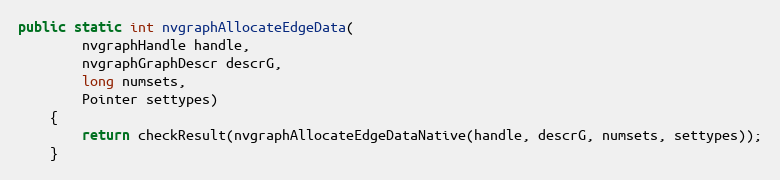
Language: Java
public static int nvgraphAllocateEdgeData(
        nvgraphHandle handle,
        nvgraphGraphDescr descrG,
        long numsets,
        Pointer settypes)
    {
        return checkResult(nvgraphAllocateEdgeDataNative(handle, descrG, numsets, settypes));
    }